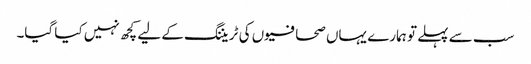
سب سے پہلے تو ہمارے یہاں صحافیوں کی ٹریننگ کے لیے کچھ نہیں کیا گیا۔